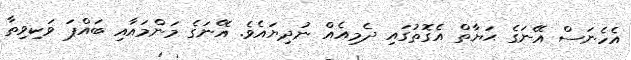
އެހެނަސް އޭނަގެ ޙަޔާތް އެގޮތުގައި ދެމިއެއް ނުދިޔައެވެ. އޭނަގެ މަންމައާއި ބައްޕަ ވަކިވިތާ